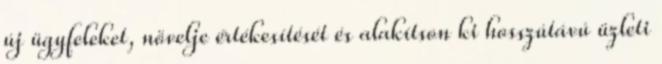
új ügyfeleket, növelje értékesítését és alakítson ki hosszútávú üzleti